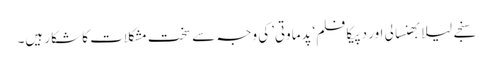
سنجے لیلا بھنسالی اور دپیکا فلم‘پدماوتی’کی وجہ سے سخت مشکلات کا شکار ہیں۔